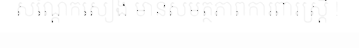
សណ្តែកសៀង មានសមត្ថភាពការពារស្ត្រី !